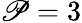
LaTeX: \mathscr{P}=3